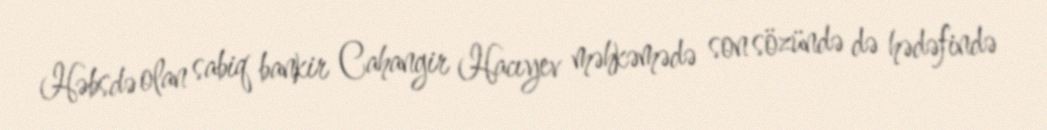
Həbsdə olan sabiq bankir Cahangir Hacıyev məhkəmədə son sözündə də hədəfində